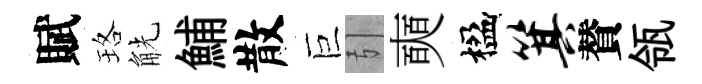
賦珞觥鯆散巨引奭楹箕賛瓴